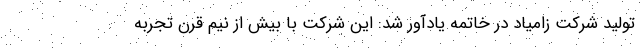
تولید شرکت زامیاد در خاتمه یادآور شد: این شرکت با بیش از نیم قرن تجربه